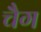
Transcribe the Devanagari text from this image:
चैग